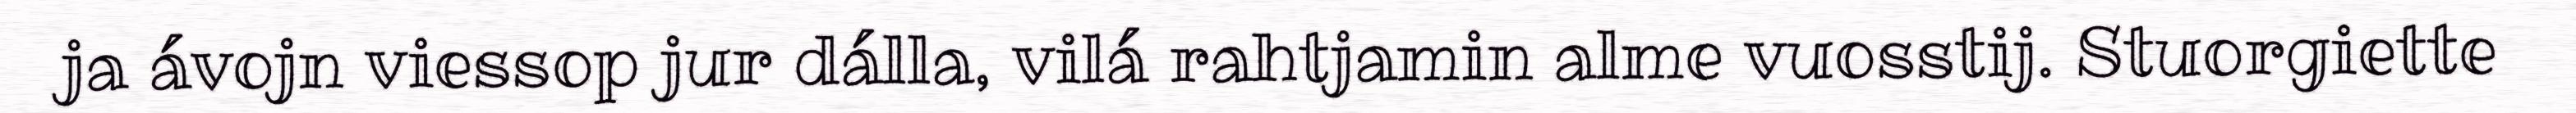
ja ávojn viessop jur dálla, vilá rahtjamin alme vuosstij. Stuorgiette